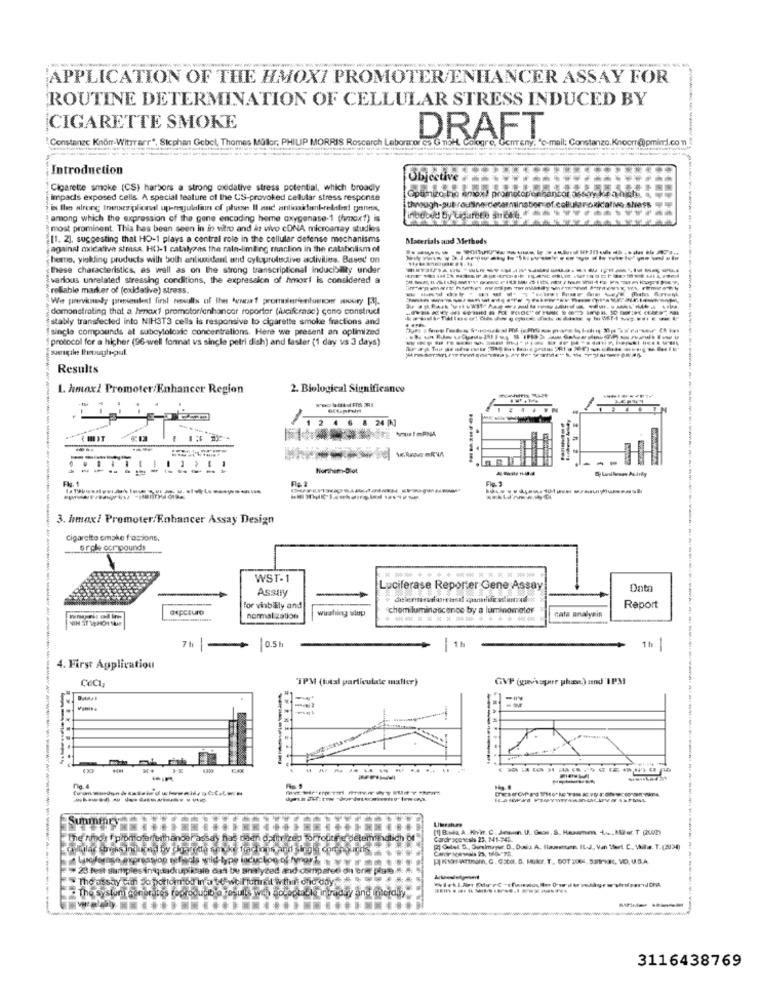
APPLICATION OF THE HMOX7 PROMOTER/ENHANCER ASSAY FOR
ROUTINE DETERMINATION OF CELLULAR STRESS INDUCED BY
CIGARETTE SMOKE
Constanze Knorr-Witrrarr", Stephan Gebel, Thomas Müller: PHILIP MORRIS Roscarch Laborator G
DRAFT
demTERY. "e-mail: Constanzo.Kinocri@
nimi.com
Introduction
Objective
Cigarette smoke (CS) harbors a strong oxidative stress potential, which broadly
impacts exposed cells. A special feature of the CS-provoked cellular stress response
Optimiza kis amont prometopenhancor. oboryikea
among which the expression of the gene encoding heme oxygenase-1 (hmox?) is
most prominent. This has been seen in in vitro and in vivo coNA microarray studies
[1. 2], suggesting that HO-1 plays a central role in the cellular defense mechanisms
Materials and Methods
against oxidative stmiss. HU)-1 catalyoas the rain-limiting reaction in the catabolism of
heano, yiukling products with both antioxidant und cytoprolisctive adlivilies. Based un
these characteristics, as well as on the strong transcriptional inducibility under
various unrelated stressig conditions, the expression of hmoxi is considered a
rellable marker of (oxidative) stress.
--------
demonstrating that a henax1 promotorianhancor roportor (luciferae) cono construct
stably transfecled into NIH3T3 cells is responsive to cigarette smoke fractions and
single compounds at subcytolosic concentrations. Here we present an optimized
protocol for a higher (96-well format vs single petri dish) and faster (1 day vs 3 days)
--------
waaragile Ihenough-pul.
Results
1. Amox/ Promoter/ Enhancer Region
2. Biological Significance
E MIT
FIG.3
3. hmax/ Promoter/Enhancer Assay Design
Cigarette smoke fasions.
angle compounds
WST-1
Assay
Luciferase Reporter Gene Assay
Ont:
axpczuro
for vinbaly and
washing wlup
chom luminosconcc by a luminometer
Report
normal zation
******
--
nata analyRir
7 h
-
0.5h
-
1h
4. First Application
"TPM (tutal particulate mafier)
GVP (suisper phase) and IPM
-------
Summary
"The hind's f plomoforfeithandel assay hlas daen dethazes Torroutre determinalich br
Cardr scoscals 23. 741-245.
23 fest samples ingaduplisale dan tu analyzed! and compared on erie plate ...
--
3116438769